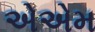
એએમ